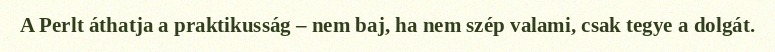
A Perlt áthatja a praktikusság – nem baj, ha nem szép valami, csak tegye a dolgát.